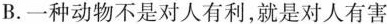
B.一种动物不是对人有利，就是对人有害